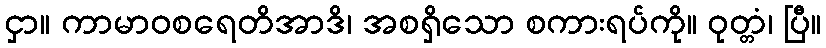
ငှာ။ ကာမာဝစရေတိအာဒိ၊ အစရှိသော စကားရပ်ကို။ ဝုတ္တံ၊ ပြီ။